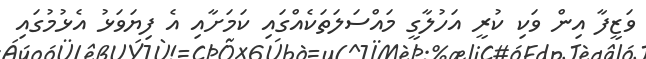
ވަޒީފާ އިން ވަކި ކުރީ އަހުލާގީ މައްސަލަތަކެއްގައި ކަމަށާއި އެ ފިޔަވަޅު އެޅުމުގައި